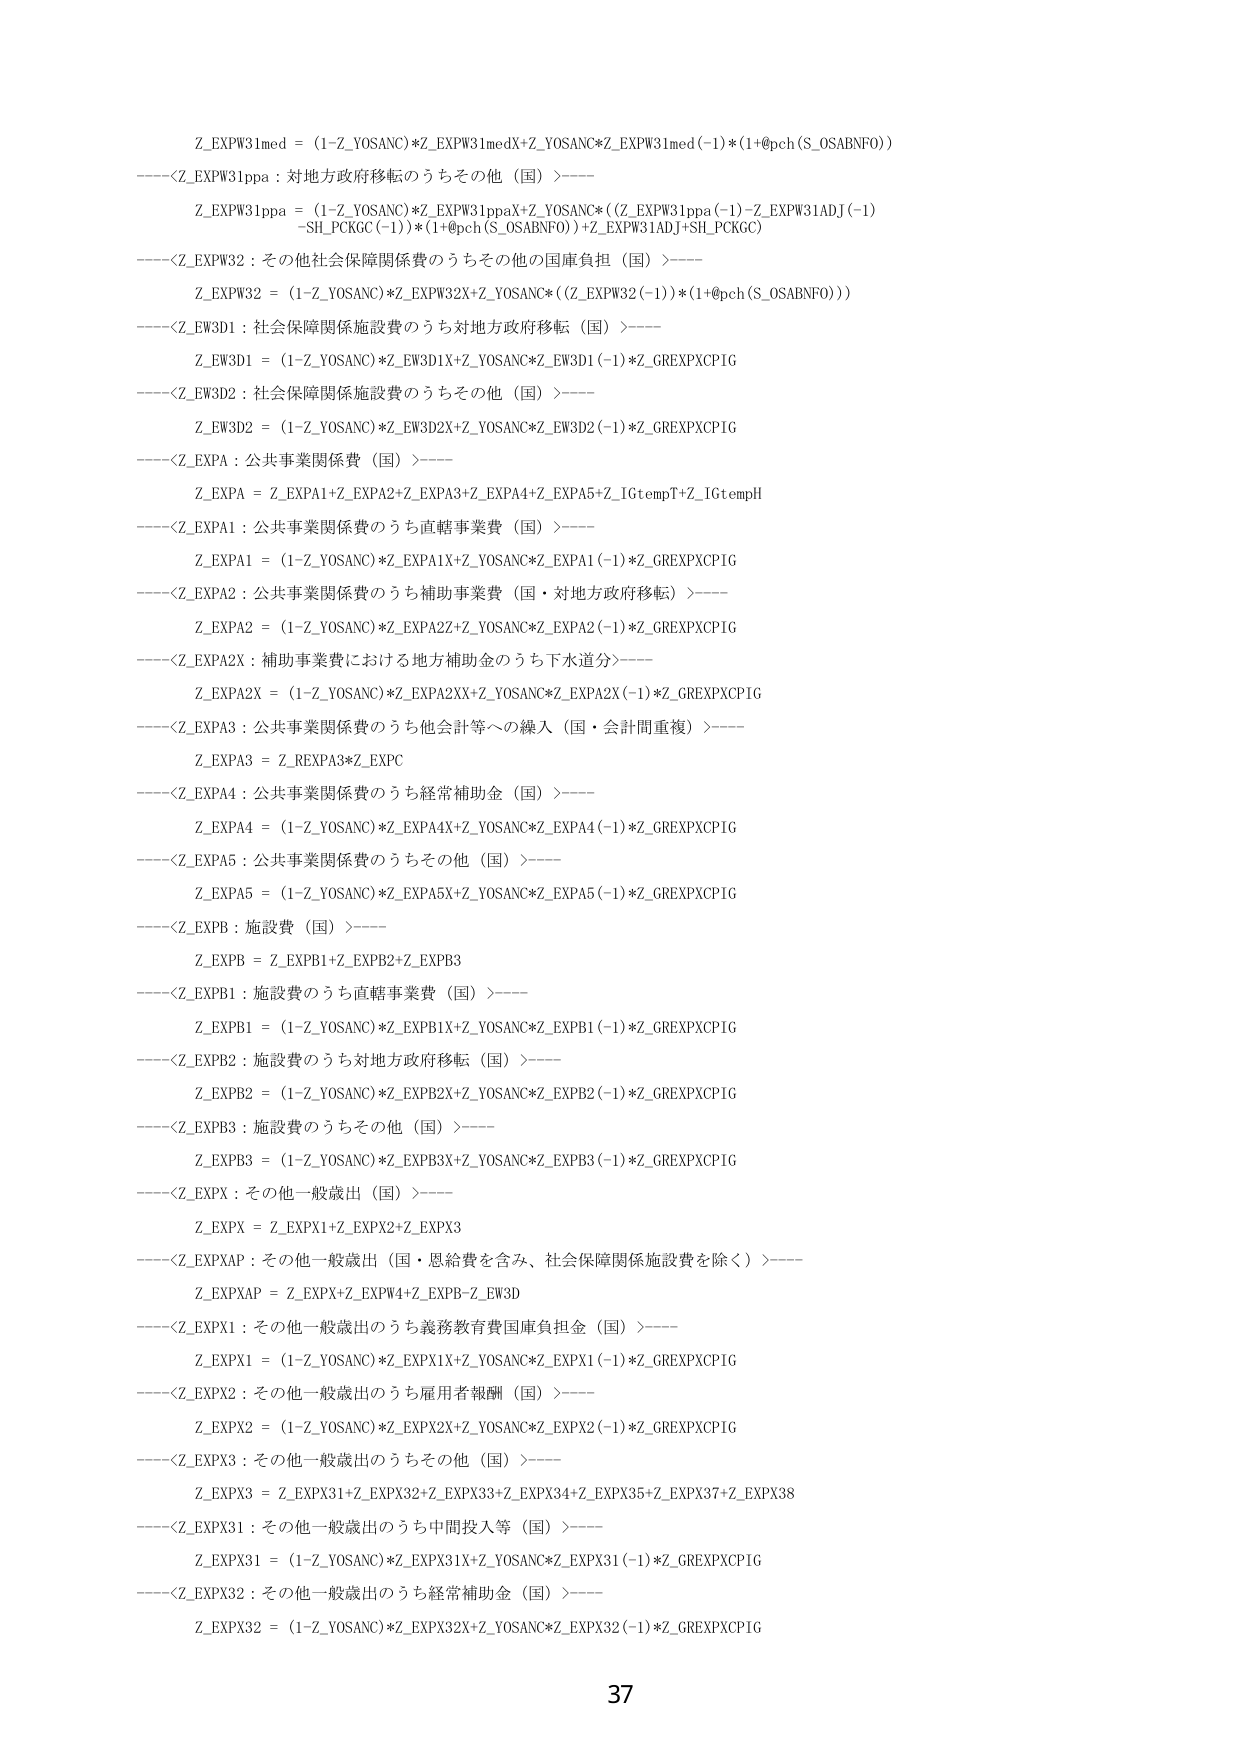
Z_EXPW31med = (1-Z_YOSANC)*Z_EXPW31medX+Z_YOSANC*Z_EXPW31med(-1)*(1+@pch(S_OSABNFO))
----<Z_EXPW31ppa : 対地方政府移転のうちその他（国）>----
Z_EXPW31ppa = (1-Z_YOSANC)*Z_EXPW31ppaX+Z_YOSANC*((Z_EXPW31ppa(-1)-Z_EXPW31ADJ(-1)
-SH_PCKGC(-1))*(1+@pch(S_OSABNFO))+Z_EXPW31ADJ+SH_PCKGC)
----<Z_EXPW32 : その他社会保障関係費のうちその他の国庫負担（国）>----
Z_EXPW32 = (1-Z_YOSANC)*Z_EXPW32X+Z_YOSANC*(Z_EXPW32(-1))*(1+@pch(S_OSABNFO))
----<Z_EW3D1 : 社会保障関係施設費のうち対地方政府移転（国）>----
Z_EW3D1 = (1-Z_YOSANC)*Z_EW3D1X+Z_YOSANC*Z_EW3D1(-1)*Z_GREXPXCP1G
----<Z_EW3D2 : 社会保障関係施設費のうちその他（国）>----
Z_EW3D2 = (1-Z_YOSANC)*Z_EW3D2X+Z_YOSANC*Z_EW3D2(-1)*Z_GREXPXCP1G
----<Z_EXPA : 公共事業関係費（国）>----
Z_EXPA = Z_EXPA1+Z_EXPA2+Z_EXPA3+Z_EXPA4+Z_EXPA5+Z_IGtempT+Z_IGtempH
----<Z_EXPA1 : 公共事業関係費のうち直轄事業費（国）>----
Z_EXPA1 = (1-Z_YOSANC)*Z_EXPA1X+Z_YOSANC*Z_EXPA1(-1)*Z_GREXPXCP1G
----<Z_EXPA2 : 公共事業関係費のうち補助事業費（国・対地方政府移転）>----
Z_EXPA2 = (1-Z_YOSANC)*Z_EXPA2Z+Z_YOSANC*Z_EXPA2(-1)*Z_GREXPXCP1G
----<Z_EXPA2X : 補助事業費における地方補助金のうち下水道分>----
Z_EXPA2X = (1-Z_YOSANC)*Z_EXPA2XX+Z_YOSANC*Z_EXPA2X(-1)*Z_GREXPXCP1G
----<Z_EXPA3 : 公共事業関係費のうち他会計等への繰入（国・会計間重複）>----
Z_EXPA3 = Z_REXPA3*Z_EXPC
----<Z_EXPA4 : 公共事業関係費のうち経常補助金（国）>----
Z_EXPA4 = (1-Z_YOSANC)*Z_EXPA4X+Z_YOSANC*Z_EXPA4(-1)*Z_GREXPXCP1G
----<Z_EXPA5 : 公共事業関係費のうちその他（国）>----
Z_EXPA5 = (1-Z_YOSANC)*Z_EXPA5X+Z_YOSANC*Z_EXPA5(-1)*Z_GREXPXCP1G
----<Z_EXPB : 施設費（国）>----
Z_EXPB = Z_EXPB1+Z_EXPB2+Z_EXPB3
----<Z_EXPB1 : 施設費のうち直轄事業費（国）>----
Z_EXPB1 = (1-Z_YOSANC)*Z_EXPB1X+Z_YOSANC*Z_EXPB1(-1)*Z_GREXPXCP1G
----<Z_EXPB2 : 施設費のうち対地方政府移転（国）>----
Z_EXPB2 = (1-Z_YOSANC)*Z_EXPB2X+Z_YOSANC*Z_EXPB2(-1)*Z_GREXPXCP1G
----<Z_EXPB3 : 施設費のうちその他（国）>----
Z_EXPB3 = (1-Z_YOSANC)*Z_EXPB3X+Z_YOSANC*Z_EXPB3(-1)*Z_GREXPXCP1G
----<Z_EXPX : その他一般歳出（国）>----
Z_EXPX = Z_EXPX1+Z_EXPX2+Z_EXPX3
----<Z_EXPXAP : その他一般歳出（国・恩給費を含み、社会保障関係施設費を除く）>----
Z_EXPXAP = Z_EXPX+Z_EXPW4+Z_EXPB-Z_EW3D
----<Z_EXPX1 : その他一般歳出のうち義務教育費国庫負担金（国）>----
Z_EXPX1 = (1-Z_YOSANC)*Z_EXPX1X+Z_YOSANC*Z_EXPX1(-1)*Z_GREXPXCP1G
----<Z_EXPX2 : その他一般歳出のうち雇用者報酬（国）>----
Z_EXPX2 = (1-Z_YOSANC)*Z_EXPX2X+Z_YOSANC*Z_EXPX2(-1)*Z_GREXPXCP1G
----<Z_EXPX3 : その他一般歳出のうちその他（国）>----
Z_EXPX3 = Z_EXPX31+Z_EXPX32+Z_EXPX33+Z_EXPX34+Z_EXPX35+Z_EXPX37+Z_EXPX38
----<Z_EXPX31 : その他一般歳出のうち中間投入等（国）>----
Z_EXPX31 = (1-Z_YOSANC)*Z_EXPX31X+Z_YOSANC*Z_EXPX31(-1)*Z_GREXPXCP1G
----<Z_EXPX32 : その他一般歳出のうち経常補助金（国）>----
Z_EXPX32 = (1-Z_YOSANC)*Z_EXPX32X+Z_YOSANC*Z_EXPX32(-1)*Z_GREXPXCP1G
37